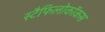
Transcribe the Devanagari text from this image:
स्टैफिलोकॉकस